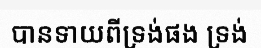
បានទាយពីទ្រង់ផង ទ្រង់